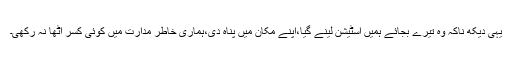
یہی دیکھ ناکہ وہ تیرے بجائے ہمیں اسٹیشن لینے گیا،اپنے مکان میں پناہ دی،ہماری خاطر مدارت میں کوئی کسر اٹھا نہ رکھی۔